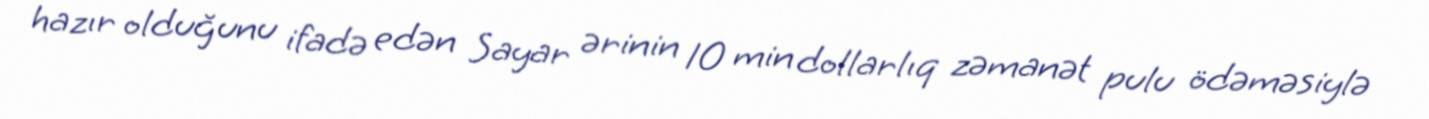
hazır olduğunu ifadə edən Sayar ərinin 10 min dollarlıq zəmanət pulu ödəməsiylə